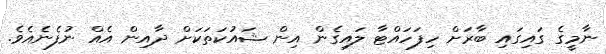
ނާމީގެ ގައިގައި ބާރަށް ހިފަހައްޓާ ލައިގެން އިން ޝައުކަތަކަށް ދާއިން އެއް ނުފެނެއެވެ.